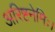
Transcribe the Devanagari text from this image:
अरिष्टनेमिः।